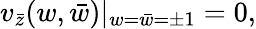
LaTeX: v_{\bar{z}}(w,\bar{w})|_{w=\bar{w}=\pm 1}=0,